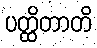
ပတ္ထိတာတိ